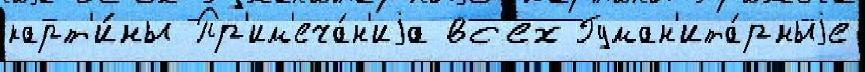
карт'и́ны Пр'им'еча́н'иjа вс'ех Гуман'ита́рныjе